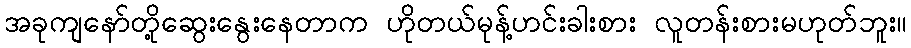
အခုကျနော်တို့ဆွေးနွေးနေတာက ဟိုတယ်မုန့်ဟင်းခါးစား လူတန်းစားမဟုတ်ဘူး။